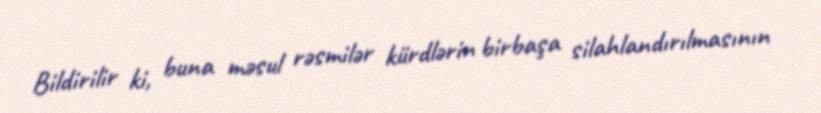
Bildirilir ki, buna məsul rəsmilər kürdlərin birbaşa silahlandırılmasının